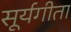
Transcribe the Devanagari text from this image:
सूर्यगीता